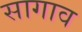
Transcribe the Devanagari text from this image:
सागाव